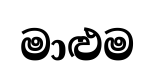
මාළුම